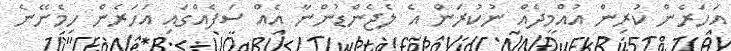
އަހަރެން ކުރިން އުއްމީދެއް ނުކުރަން އެ ލެޖެންޑުންނާ އެއް ސަފެއްގައި އަހަރެން ހިމެނޭނެ